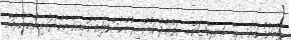
ރަތްމަންދޫ ކައުންސިލްގެ ބައި-އިލެކްޝަން މ. ރަތްމަންދޫ ކައުންސިލުން ހުސްވެފައިވާ ގޮނޑިއަށް މެންބަރަކު އިންތިޚާބުކުރުމަށް